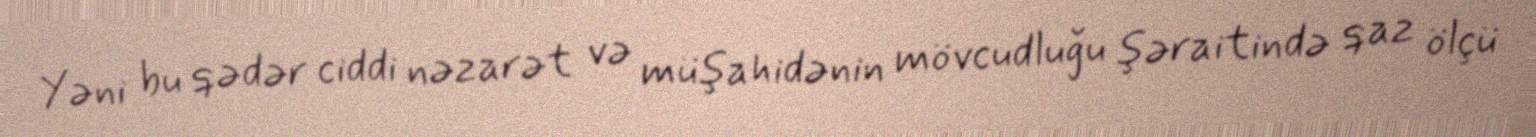
Yəni bu qədər ciddi nəzarət və müşahidənin mövcudluğu şəraitində qaz ölçü